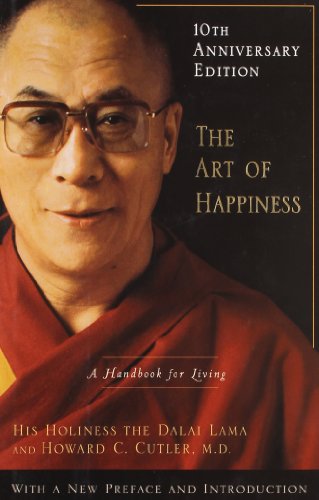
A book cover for Art of Happiness A Handbook for Living; Dalai Lama; Biographies & Memoirs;